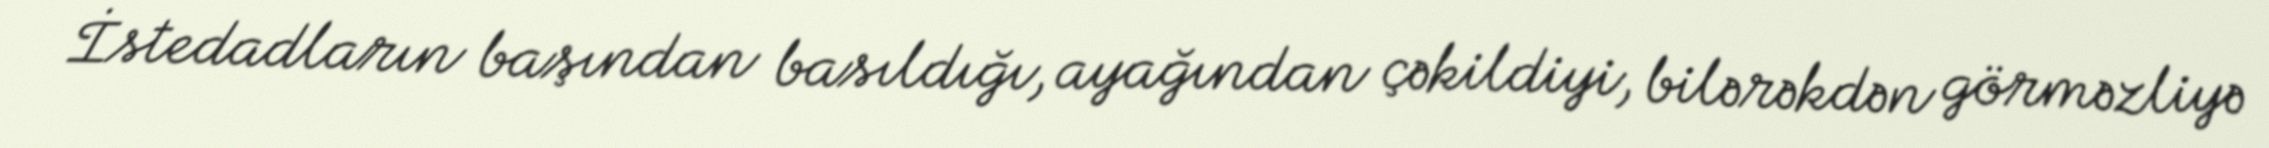
İstedadların başından basıldığı, ayağından çəkildiyi, bilərəkdən görməzliyə